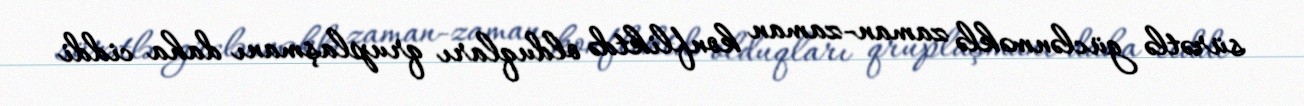
sürətlə güclənməklə zaman-zaman konfliktdə olduqları qruplaşmanı daha ciddi